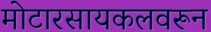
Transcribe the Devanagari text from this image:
मोटारसायकलवरून